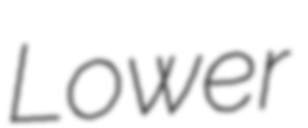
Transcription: Lower